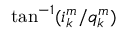
\tan ^ { - 1 } ( i _ { k } ^ { m } / q _ { k } ^ { m } )